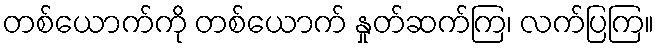
တစ်ယောက်ကို တစ်ယောက် နှုတ်ဆက်ကြ၊ လက်ပြကြ။